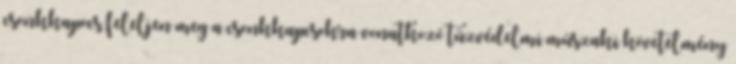
csonkkapocs feleljen meg a csonkkapcsokra vonatkozó tûzvédelmi mûszaki követelmény